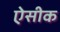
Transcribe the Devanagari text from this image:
ऐसीक